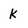
Character: k